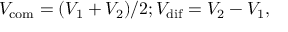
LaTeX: V _ { \mathrm { c o m } } = ( V _ { 1 } + V _ { 2 } ) / 2 ; V _ { \mathrm { d i f } } = V _ { 2 } - V _ { 1 } ,